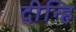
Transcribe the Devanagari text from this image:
दीन्हि